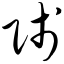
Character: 贱